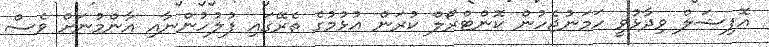
އޮފިޝަލް ވިދާޅުވީ ހަމަނުޖެހުން ކޮންޓްރޯލް ކުރަން އުޅުމުގެ ތެރޭގައި ފުލުހުންނާއި އާންމުނަށް ވެސް